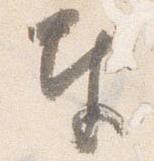
奉